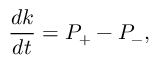
\frac { d k } { d t } = P _ { + } - P _ { - } ,